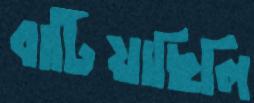
বাটিয়াছিলি